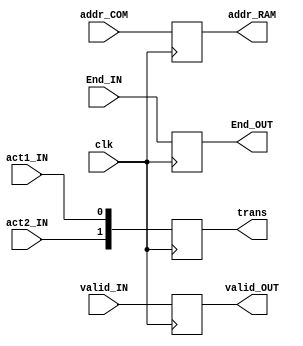
module signals(
	clk,
	valid_IN,
	End_IN,
	act1_IN,
	act2_IN,
	addr_COM,
	valid_OUT,
	End_OUT,
	addr_RAM,
	trans
);

	input clk;
	input valid_IN;
	input End_IN;
	input act1_IN;
	input act2_IN;
	input [63:0] addr_COM;
	
	output reg valid_OUT;
	output reg End_OUT;
	output reg [63:0] addr_RAM;
	output reg [1:0] trans;
	
always @(posedge clk) begin
	valid_OUT <= valid_IN;
	End_OUT <= End_IN;
	addr_RAM <= addr_COM;
	trans[0] <= act1_IN;
	trans[1] <= act2_IN;
	$display("trans = %b",trans);
	if(valid_IN) begin
		$display("Dato valido");
	end else begin
		$display("Dato no valido");
	end
end

endmodule